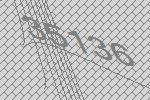
35136